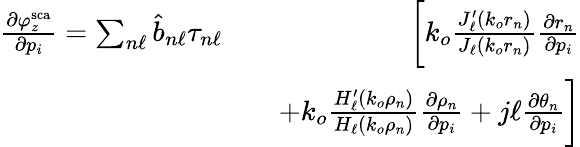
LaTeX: \begin{array}{rlr}{\frac{\partial\varphi_{z}^{\mathrm{sca}}}{\partial p_{i}}=\sum_{n\ell}\hat{b}_{n\ell}\tau_{n\ell}}&{}&{\bigg[k_{o}\frac{J_{\ell}^{\prime}\left(k_{o}r_{n}\right)}{J_{\ell}\left(k_{o}r_{n}\right)}\frac{\partial r_{n}}{\partial p_{i}}}\\ &{}&{+k_{o}\frac{H_{\ell}^{\prime}\left(k_{o}\rho_{n}\right)}{H_{\ell}\left(k_{o}\rho_{n}\right)}\frac{\partial\rho_{n}}{\partial p_{i}}+j\ell\frac{\partial\theta_{n}}{\partial p_{i}}\bigg]}\end{array}